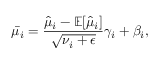
\bar { \mu _ { i } } = \frac { \hat { \mu } _ { i } - \mathbb { E } [ \hat { \mu } _ { i } ] } { \sqrt { \nu _ { i } + \epsilon } } \gamma _ { i } + \beta _ { i } ,